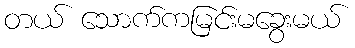
တယ် သောက်ကမြင်းမခွေးမယ်